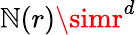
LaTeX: \mathbb{N}(r)\simr^{d}